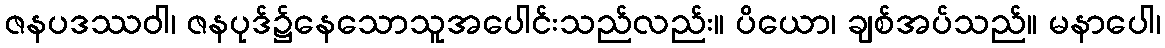
ဇနပဒဿဝါ၊ ဇနပုဒ်၌နေသောသူအပေါင်းသည်လည်း။ ပိယော၊ ချစ်အပ်သည်။ မနာပေါ၊